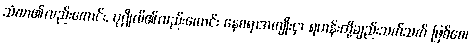
သံဃာ၏လည်းကောင်း, ပုဂ္ဂိုလ်၏လည်းကောင်း နေစရာအကျိုးငှာ ရဟန်းတို့ချည်းသက်သက် ဖြစ်စေ၊